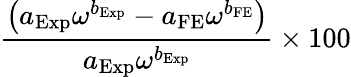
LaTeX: \displaystyle\frac{\left(a_{\mathrm{Exp}}\omega^{b_{\mathrm{Exp}}}-a_{\mathrm{FE}}\omega^{b_{\mathrm{FE}}}\right)}{a_{\mathrm{Exp}}\omega^{b_{\mathrm{Exp}}}}\times 100